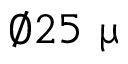
\varnothing 2 5 ~ \upmu